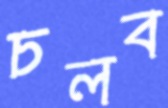
চলব